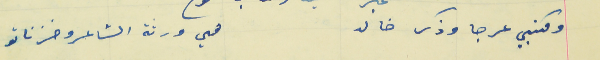
ومكتبي عرجا وذكر خالد                                            هي ورثة الشاعر وخزناتو